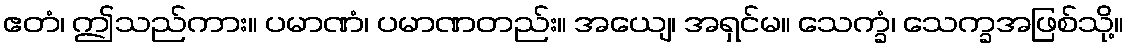
ဧတံ၊ ဤသည်ကား။ ပမာဏံ၊ ပမာဏတည်း။ အယျေ၊ အရှင်မ။ သေက္ခံ၊ သေက္ခအဖြစ်သို့။